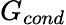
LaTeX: G_{cond}